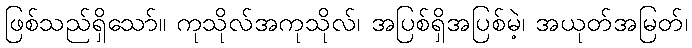
ဖြစ်သည်ရှိသော်။ ကုသိုလ်အကုသိုလ်၊ အပြစ်ရှိအပြစ်မဲ့၊ အယုတ်အမြတ်၊